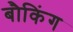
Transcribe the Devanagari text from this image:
बौकिंग